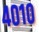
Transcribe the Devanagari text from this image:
४०१०